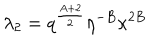
\lambda _ { 2 } = q ^ { \frac { A + 2 } { 2 } } \eta ^ { - B } \kappa ^ { 2 B }